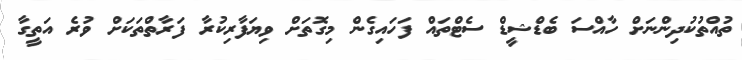
ތުއްތުކުދިންނަށް ހާއްސަ ބެޑްޝީޑް ސެޓްތައް ފަހައިގެން މިގޮތަށް ވިޔަފާރިކުރާ ފަރާތްތަކަށް ވުރެ އަތީގާ